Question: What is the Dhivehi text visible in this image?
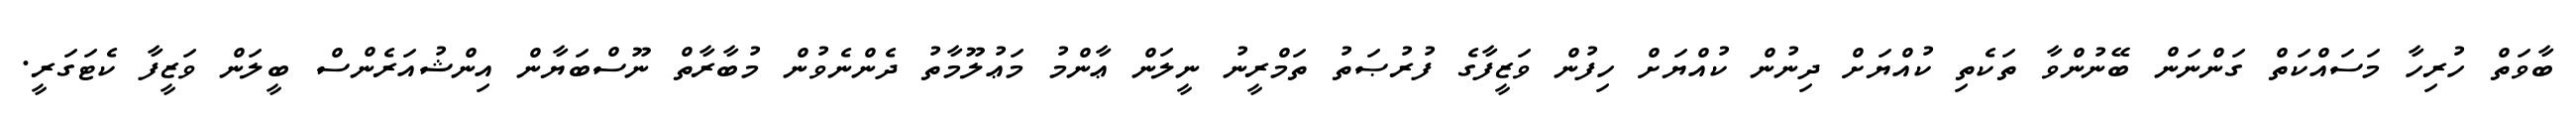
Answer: ބާވަތް ހުރިހާ މަސައްކަތް ގަންނަން ބޭނުންވާ ތަކެތި ކުއްޔަށް ދިނުން ކުއްޔަށް ހިފުން ވަޒީފާގެ ފުރުޞަތު ތަމްރީނު ނީލަން ޢާންމު މަޢުލޫމާތު ދެންނެވުން މުބާރާތް ނޫސްބަޔާން އިންޝުއަރެންސް ބީލަން ވަޒީފާ ކެޓަގަރީ.